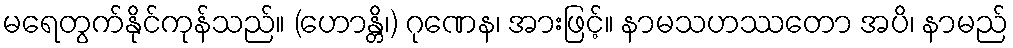
မရေတွက်နိုင်ကုန်သည်။ (ဟောန္တိ၊) ဂုဏေန၊ အားဖြင့်။ နာမသဟဿတော အပိ၊ နာမည်